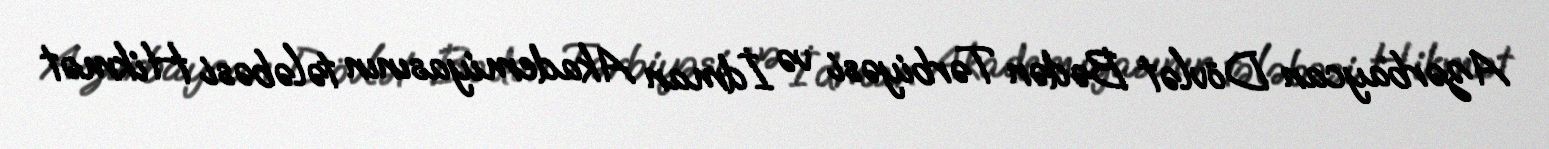
Azərbaycan Dövlət Bədən Tərbiyəsi və İdman Akademiyasının tələbəsi Hikmət